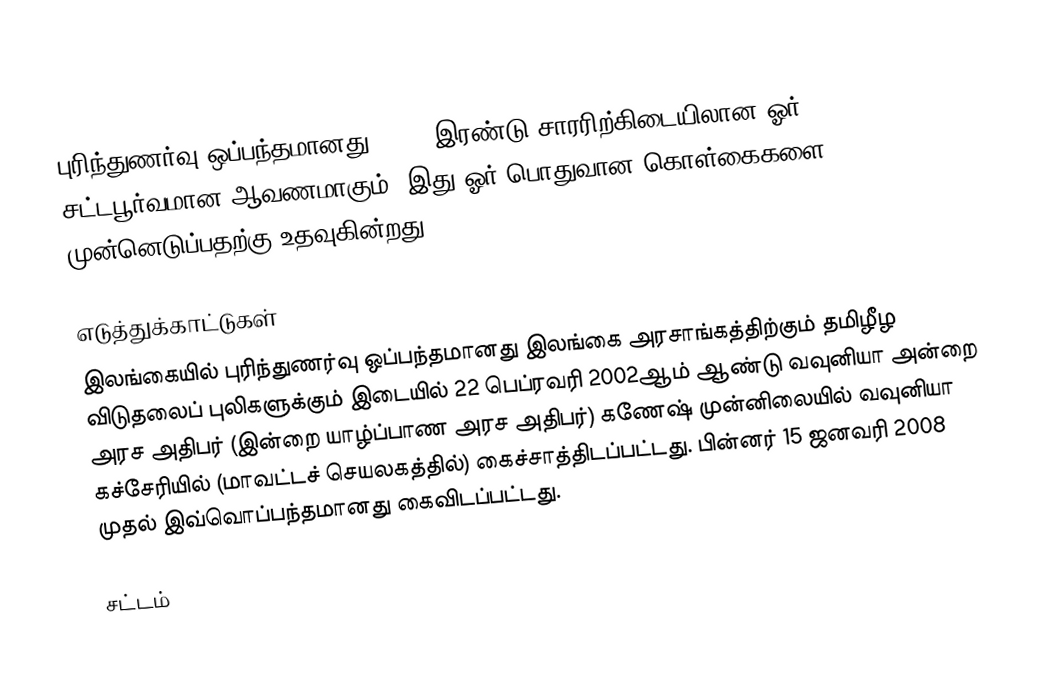
புரிந்துணர்வு ஒப்பந்தமானது (MOU) இரண்டு சாரரிற்கிடையிலான ஓர் சட்டபூர்வமான ஆவணமாகும். இது ஓர் பொதுவான கொள்கைகளை முன்னெடுப்பதற்கு உதவுகின்றது.

எடுத்துக்காட்டுகள்
இலங்கையில் புரிந்துணர்வு ஒப்பந்தமானது இலங்கை அரசாங்கத்திற்கும் தமிழீழ விடுதலைப் புலிகளுக்கும் இடையில் 22 பெப்ரவரி 2002ஆம் ஆண்டு வவுனியா அன்றை அரச அதிபர் (இன்றை யாழ்ப்பாண அரச அதிபர்) கணேஷ் முன்னிலையில் வவுனியா கச்சேரியில் (மாவட்டச் செயலகத்தில்) கைச்சாத்திடப்பட்டது. பின்னர் 15 ஜனவரி 2008 முதல் இவ்வொப்பந்தமானது கைவிடப்பட்டது.

சட்டம்